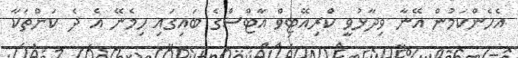
އެހެންކަމުން އޭނާ ވިދާޅުވީ ކްރިއޭޓިވް އާޓްސްގެ ބައިގައި ހިމެނޭ އެ ދެ ކަންތަކާ